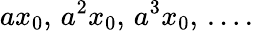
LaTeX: ax_{0},\, a^{2}x_{0},\, a^{3}x_{0},\, \dots.